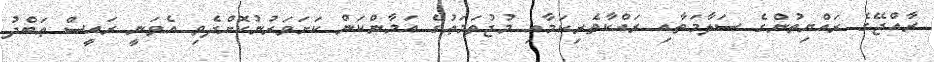
ރާއްޖޭގެ ރައްޔިތުންގެ ސަލާމަތާއި ރައްކާތެރިކަމާއި މުޖުތަމަޢުގެ އަމާންކަން ކަށަވަރުނުކޮށްދެވި އެވަނީ ރައީސް ޢަބްދު